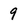
Character: 9